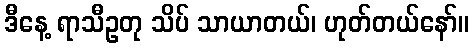
ဒီနေ့ ရာသီဥတု သိပ် သာယာတယ်၊ ဟုတ်တယ်နော်။